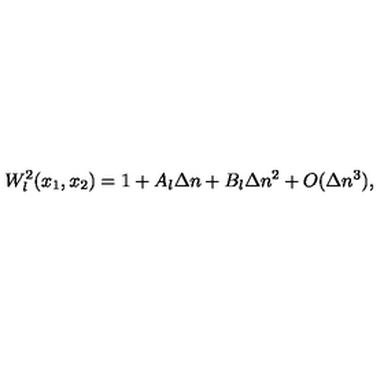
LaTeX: W _ { l } ^ { 2 } ( x _ { 1 } , x _ { 2 } ) = 1 + A _ { l } \Delta n + B _ { l } \Delta n ^ { 2 } + O ( \Delta n ^ { 3 } ) ,